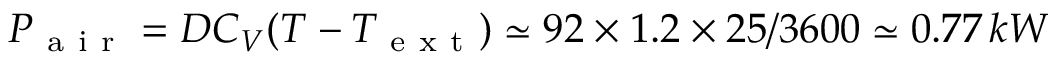
P _ { \mathrm { ~ a ~ i ~ r ~ } } = D C _ { V } ( T - T _ { \mathrm { ~ e ~ x ~ t ~ } } ) \simeq 9 2 \times 1 . 2 \times 2 5 / 3 6 0 0 \simeq 0 . 7 7 \, k W